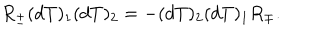
R _ { \pm } ( d T ) _ { 1 } ( d T ) _ { 2 } = - ( d T ) _ { 2 } ( d T ) _ { 1 } R _ { \mp } .